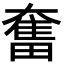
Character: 奮